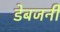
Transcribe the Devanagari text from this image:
डेबजनी